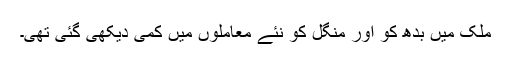
ملک میں بدھ کو اور منگل کو نئے معاملوں میں کمی دیکھی گئی تھی۔